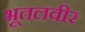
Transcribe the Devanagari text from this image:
भूतलवीर